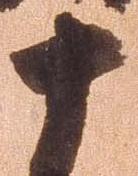
十